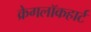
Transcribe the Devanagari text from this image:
क्रेगलॉकहार्ट